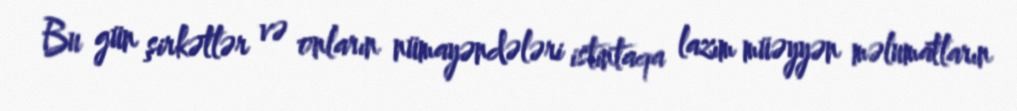
Bu gün şirkətlər və onların nümayəndələri istintaqa lazım müəyyən məlumatların